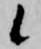
候